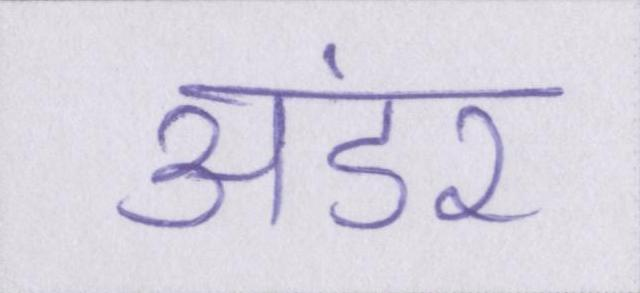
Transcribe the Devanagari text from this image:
अंडर